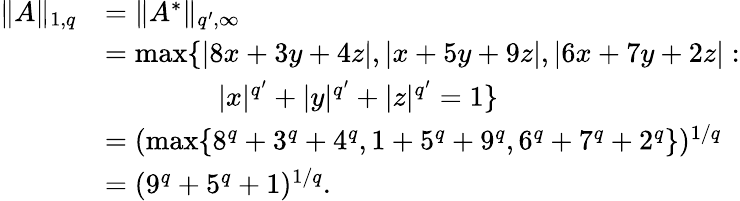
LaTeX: \begin{array}{rl}{\| A\| _{1,q}}&{=\| A^{*}\| _{q^{\prime},\infty}}\\ &{=\operatorname*{max}\{ |8x+3y+4z|,|x+5y+9z|,|6x+7y+2z|:}\\ &{\qquad\qquad|x|^{q^{\prime}}+|y|^{q^{\prime}}+|z|^{q^{\prime}}=1\} }\\ &{=(\operatorname*{max}\{ 8^{q}+3^{q}+4^{q},1+5^{q}+9^{q},6^{q}+7^{q}+2^{q}\} )^{1/q}}\\ &{=(9^{q}+5^{q}+1)^{1/q}.}\end{array}